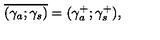
\overline { { ( \gamma _ { a } ; \gamma _ { s } ) } } = ( \gamma _ { a } ^ { + } ; \gamma _ { s } ^ { + } ) ,